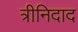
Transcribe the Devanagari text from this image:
त्रीनिदाद